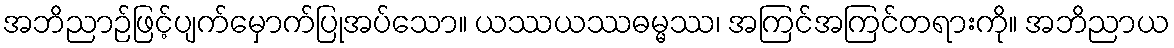
အဘိညာဉ်ဖြင့်ပျက်မှောက်ပြုအပ်သော။ ယဿယဿဓမ္မဿ၊ အကြင်အကြင်တရားကို။ အဘိညာယ